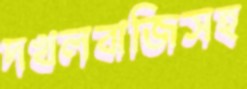
দখলবাজিসহ